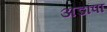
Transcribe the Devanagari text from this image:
अडापा